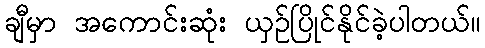
ချီမှာ အကောင်းဆုံး ယှဉ်ပြိုင်နိုင်ခဲ့ပါတယ်။